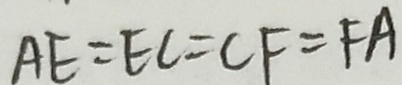
A E = E C = C F = F A